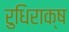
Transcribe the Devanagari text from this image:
रुधिराक्ष